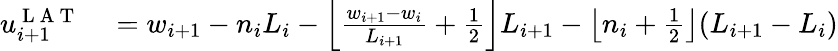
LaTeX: \begin{array}{rl}{u_{i+1}^{\mathrm{~L~A~T~}}}&{{}=w_{i+1}-n_{i}L_{i}-\left\lfloor\frac{w_{i+1}-w_{i}}{L_{i+1}}+\frac{1}{2}\right\rfloor L_{i+1}-\left\lfloor n_{i}+\frac{1}{2}\right\rfloor(L_{i+1}-L_{i})}\end{array}